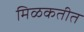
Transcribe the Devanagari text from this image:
मिळकतीत